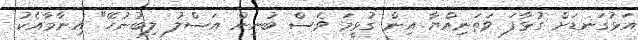
އަޅުގަނޑަށް ގުޅާފަ ވަތަނިއްޔާ އިން ގުޅީމަ ވެސް ބުނިން އަސްލު ލިބުނުހޭ" އިނާމާއެކު